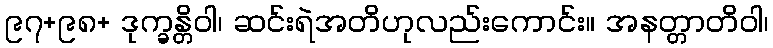
၉၇+၉၈+ ဒုက္ခန္တိဝါ၊ ဆင်းရဲအတိဟုလည်းကောင်း။ အနတ္တာတိဝါ၊